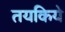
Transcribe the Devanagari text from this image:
तयकिये